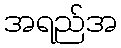
အရည်အ